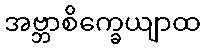
အဗ္ဘာစိက္ခေယျာထ